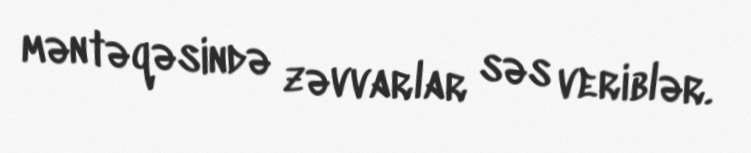
məntəqəsində zəvvarlar səs veriblər.